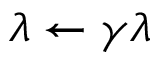
\lambda \leftarrow \gamma \lambda